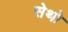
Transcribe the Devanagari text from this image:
सेथो